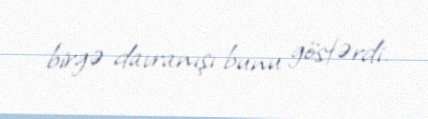
birgə davranışı bunu göstərdi.